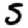
Digit: 5